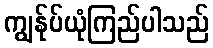
ကျွန်ုပ်ယုံကြည်ပါသည်